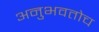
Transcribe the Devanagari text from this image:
अनुभवतोच